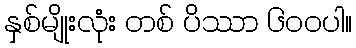
နှစ်မျိုးလုံး တစ် ပိဿာ ၆၀၀ပါ။